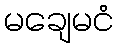
မချေမငံ